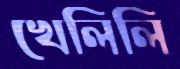
খেলিলি